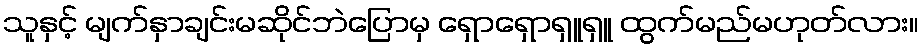
သူနှင့် မျက်နှာချင်းမဆိုင်ဘဲပြောမှ ရှောရှောရှူရှူ ထွက်မည်မဟုတ်လား။